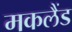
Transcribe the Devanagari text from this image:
मकलैंड